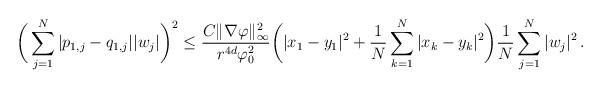
LaTeX: \begin{align*}\bigg(\sum_{j=1}^N |p_{1,j}-q_{1,j}||w_j|\bigg)^2 \le \frac{C\|\nabla\varphi\|_\infty^2}{r^{4d}\varphi_0^2} \bigg( |x_1-y_1|^2 + \frac 1N\sum_{k=1}^N |x_k-y_k|^2\bigg)\frac 1N \sum_{j=1}^N|w_j|^2 \,.\end{align*}